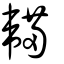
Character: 韛